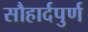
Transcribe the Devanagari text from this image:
सौहार्दपुर्ण